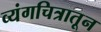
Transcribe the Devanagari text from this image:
व्यंगचित्रातून